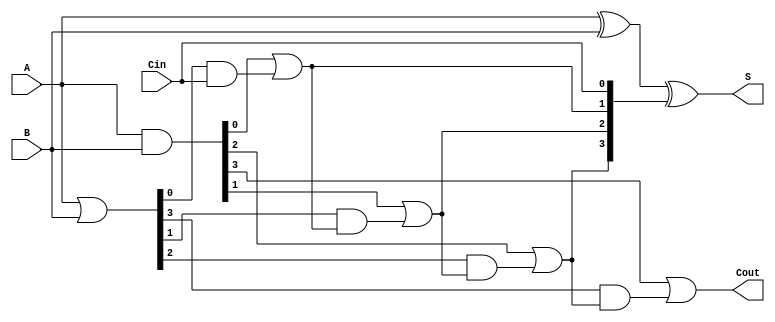
module CarryLookaheadAdder #(parameter N = 4) (
    input  [N-1:0] A,      // First n-bit input
    input  [N-1:0] B,      // Second n-bit input
    input         Cin,      // Carry-in
    output [N-1:0] S,      // n-bit sum output
    output        Cout      // Carry-out
);

    // Generate and Propagate signals
    wire [N-1:0] G; // Generate
    wire [N-1:0] P; // Propagate
    wire [N:0] C;   // Carry signals

    // Generate and Propagate logic
    assign G = A & B;          // Gi = Ai AND Bi
    assign P = A | B;          // Pi = Ai OR Bi

    // Carry generation logic
    assign C[0] = Cin;         // C0 = Cin
    genvar i;
    generate
        for (i = 0; i < N; i = i + 1) begin : carry_gen
            if (i == 0) begin
                assign C[i + 1] = G[i] | (P[i] & C[i]); // C1 = G0 OR (P0 AND C0)
            end else begin
                assign C[i + 1] = G[i] | (P[i] & C[i]); // Ci = Gi-1 OR (Pi-1 AND Ci-1)
            end
        end
    endgenerate

    // Sum calculation
    assign S = A ^ B ^ C[N-1:0]; // Si = Ai XOR Bi XOR Ci

    // Carry-out
    assign Cout = C[N]; // Cout = CN

endmodule